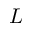
L